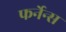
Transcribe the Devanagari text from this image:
फर्नेन्स